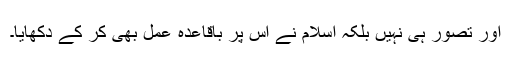
اور تصور ہی نہیں بلکہ اسلام نے اس پر باقاعدہ عمل بھی کر کے دکھایا۔